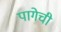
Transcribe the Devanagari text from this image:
पागेची